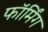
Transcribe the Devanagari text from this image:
फॉर्मिंग